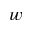
w